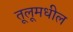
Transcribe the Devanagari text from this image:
तूलूमधील